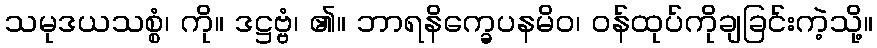
သမုဒယသစ္စံ၊ ကို။ ဒဋ္ဌဗ္ဗံ၊ ၏။ ဘာရနိက္ခေပနမိဝ၊ ဝန်ထုပ်ကိုချခြင်းကဲ့သို့။